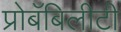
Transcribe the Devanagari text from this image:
प्रोबॅबिलीटी